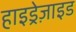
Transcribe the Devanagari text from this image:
हाइड्रेज़ाइड